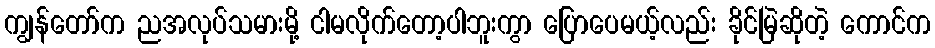
ကျွန်တော်က ညအလုပ်သမားမို့ ငါမလိုက်တော့ပါဘူးကွာ ပြောပေမယ့်လည်း ခိုင်မြဲဆိုတဲ့ ကောင်က